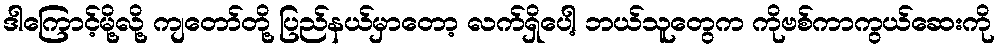
ဒါကြောင့်မို့လို့ ကျတော်တို့ ပြည်နယ်မှာတော့ လက်ရှိပေါ့ ဘယ်သူတွေက ကိုဗစ်ကာကွယ်ဆေးကို